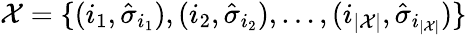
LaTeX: \mathcal{X}=\{ (i_{1},\hat{\sigma}_{i_{1}}),(i_{2},\hat{\sigma}_{i_{2}}),\ldots,(i_{|\mathcal{X}|},\hat{\sigma}_{i_{|\mathcal{X}|}})\}